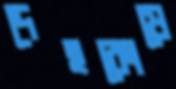
দেহকোষে